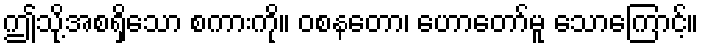
ဤသို့အစရှိသော စကားကို။ ဝစနတော၊ ဟောတော်မူ သောကြောင့်။